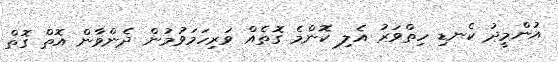
އުންމީދު ކެނޑި ހިތްވަރު އެލި ކޮންމެ ގޮތެއް ވަރިހަމަވުމުން ދެންވާން އޮތް ގޮތް